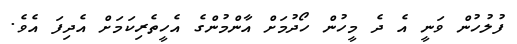
ފުލުހުން ވަނީ އެ ދެ މީހުން ހޯދުމަށް އާންމުންގެ އެހީތެރިކަމަށް އެދިފަ އެވެ.